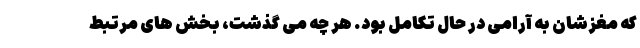
که مغزشان به آرامی در حال تکامل بود. هر چه می گذشت، بخش های مرتبط